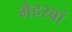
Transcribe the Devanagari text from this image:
मेहरबां